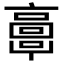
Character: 𩫖